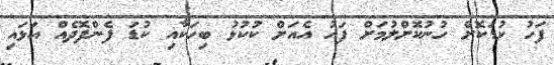
ފަހު ކުޑަކޮށް ހުނުކޮށްލުމަށް ފަހު އެއަށް ކުކުޅު ބިހަކާއި ކުޑަ ފެންފޮޮދެއް އަޅައި